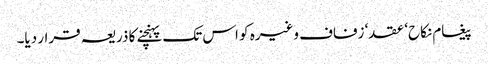
پیغام نکاح‘ عقد‘ زفاف وغیرہ کو اس تک پہنچنے کا ذریعہ قرار دیا۔